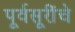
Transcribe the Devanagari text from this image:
पूर्वसूरींचे